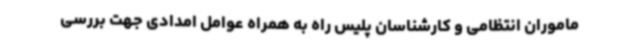
ماموران انتظامی و کارشناسان پلیس راه به همراه عوامل امدادی جهت بررسی